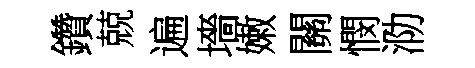
鑽兢遍墻嫩關憫泐